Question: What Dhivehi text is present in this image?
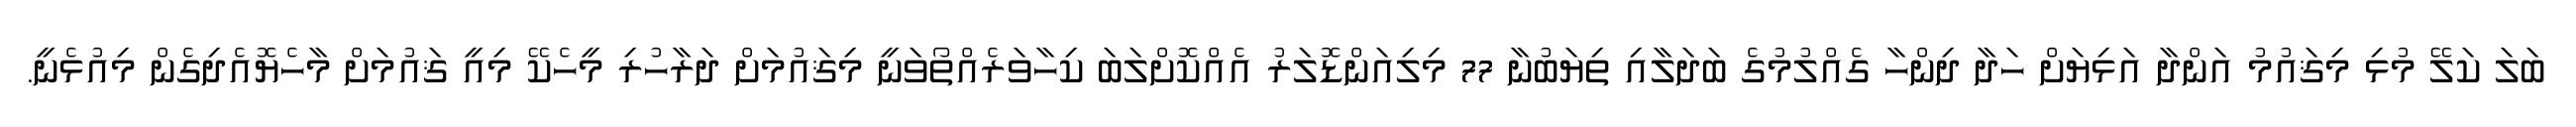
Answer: ބަލަ ކަލޭ މުޅި މިޤައުމު އަންދާ އަޅިޔަށް ހަދާ ދިންހާ ގެއްލުމުގެ ބަދަލާއި ތިޔަބުނާ 77 މިލިއަންޑޮލަރު އެއްކޮށްލަބަ ކިހާވަރެއްތޯވަނީ މިޤައުމަށް ދަރާހުރި މީހެކޭ މިއީ ޤައުމަށް މާހެޔޮއެދިގެން މިއުޅެނީ.